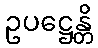
ဥပဋ္ဌေန္တိ